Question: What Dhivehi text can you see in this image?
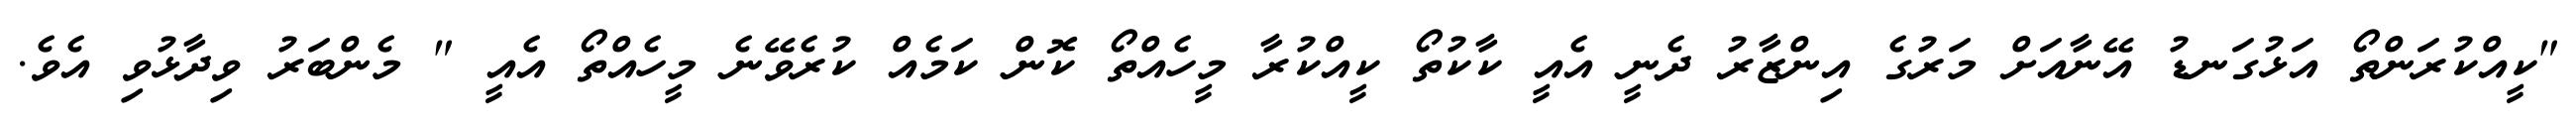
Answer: "ކީއްކުރަންތޯ އަޅުގަނޑު އޭނާއަށް މަރުގެ އިންޒާރު ދެނީ އެއީ ކާކުތޯ ކީއްކުރާ މީހެއްތޯ ކޮން ކަމެއް ކުރެވޭނެ މީހެއްތޯ އެއީ " މެންބަރު ވިދާޅުވި އެވެ.